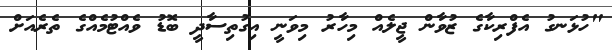
"ހުޅަނގު އެފްރިކާގެ ޒުވާން ޖީލެއް މިހާރު މިވަނީ އިގުތިސާދީ ބޮޑު ވެއްޓުމެއްގެ ތެރެއަށް